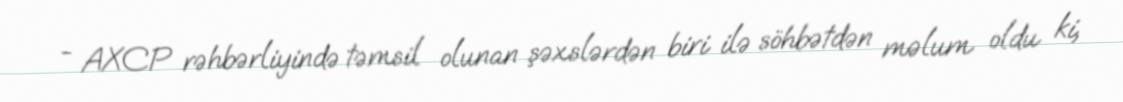
- AXCP rəhbərliyində təmsil olunan şəxslərdən biri ilə söhbətdən məlum oldu ki,